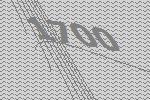
1700